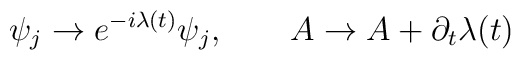
\psi_{j}\rightarrow e^{-i\lambda(t)}\psi_{j},\qquad A\rightarrow A +\partial_{t}\lambda(t)